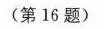
(第16题)